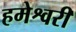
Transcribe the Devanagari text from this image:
हमेश्वरी